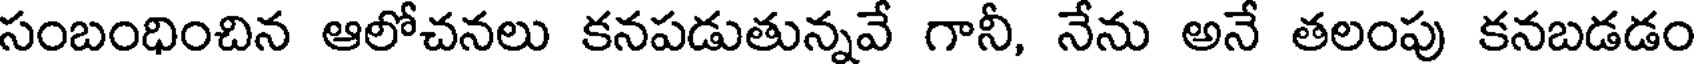
సంబంధించిన ఆలోచనలు కనపడుతున్నవే గానీ, నేను అనే తలంపు కనబడడం